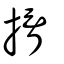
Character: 揟